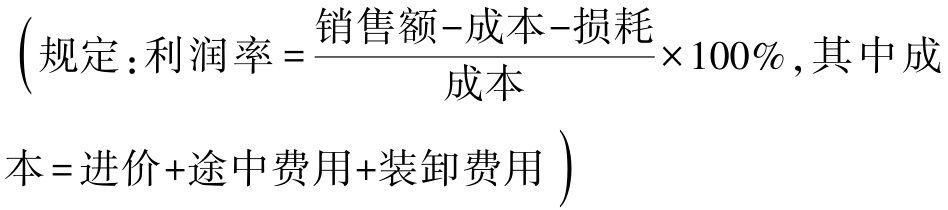
$\left(规定:利润率=\frac{销售额 - 成本 - 损耗}{成本}\times100\%,其中成\\本=进价 + 途中费用+装卸费用\right)$